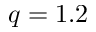
q = 1 . 2